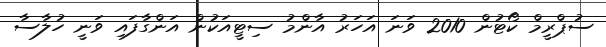
ސުޕްރީމް ކޯޓުން 2010 ވަނަ އަހަރު އާންމު ސިޓީއަކުން އަންގާފައި ވަނީ ހުލާސާ